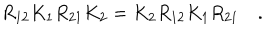
R _ { 1 2 } K _ { 1 } R _ { 2 1 } K _ { 2 } = K _ { 2 } R _ { 1 2 } K _ { 1 } R _ { 2 1 } \quad .